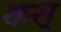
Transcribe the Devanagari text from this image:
कस्